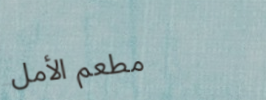
مطعم الأمل